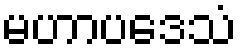
မဟာပဒေသံ